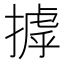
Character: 摢